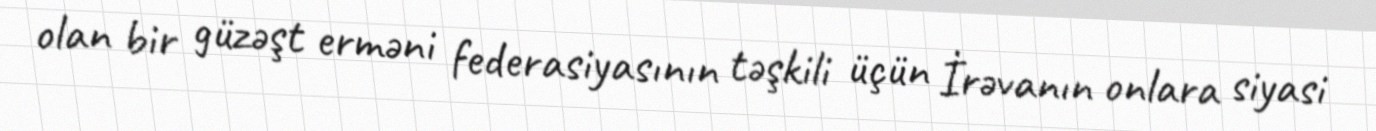
olan bir güzəşt erməni federasiyasının təşkili üçün İrəvanın onlara siyasi